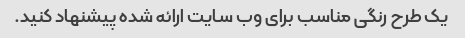
یک طرح رنگی مناسب برای وب سایت ارائه شده پیشنهاد کنید.